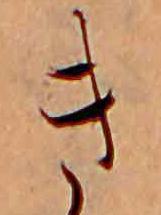
き